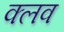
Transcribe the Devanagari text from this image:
क्‍लव